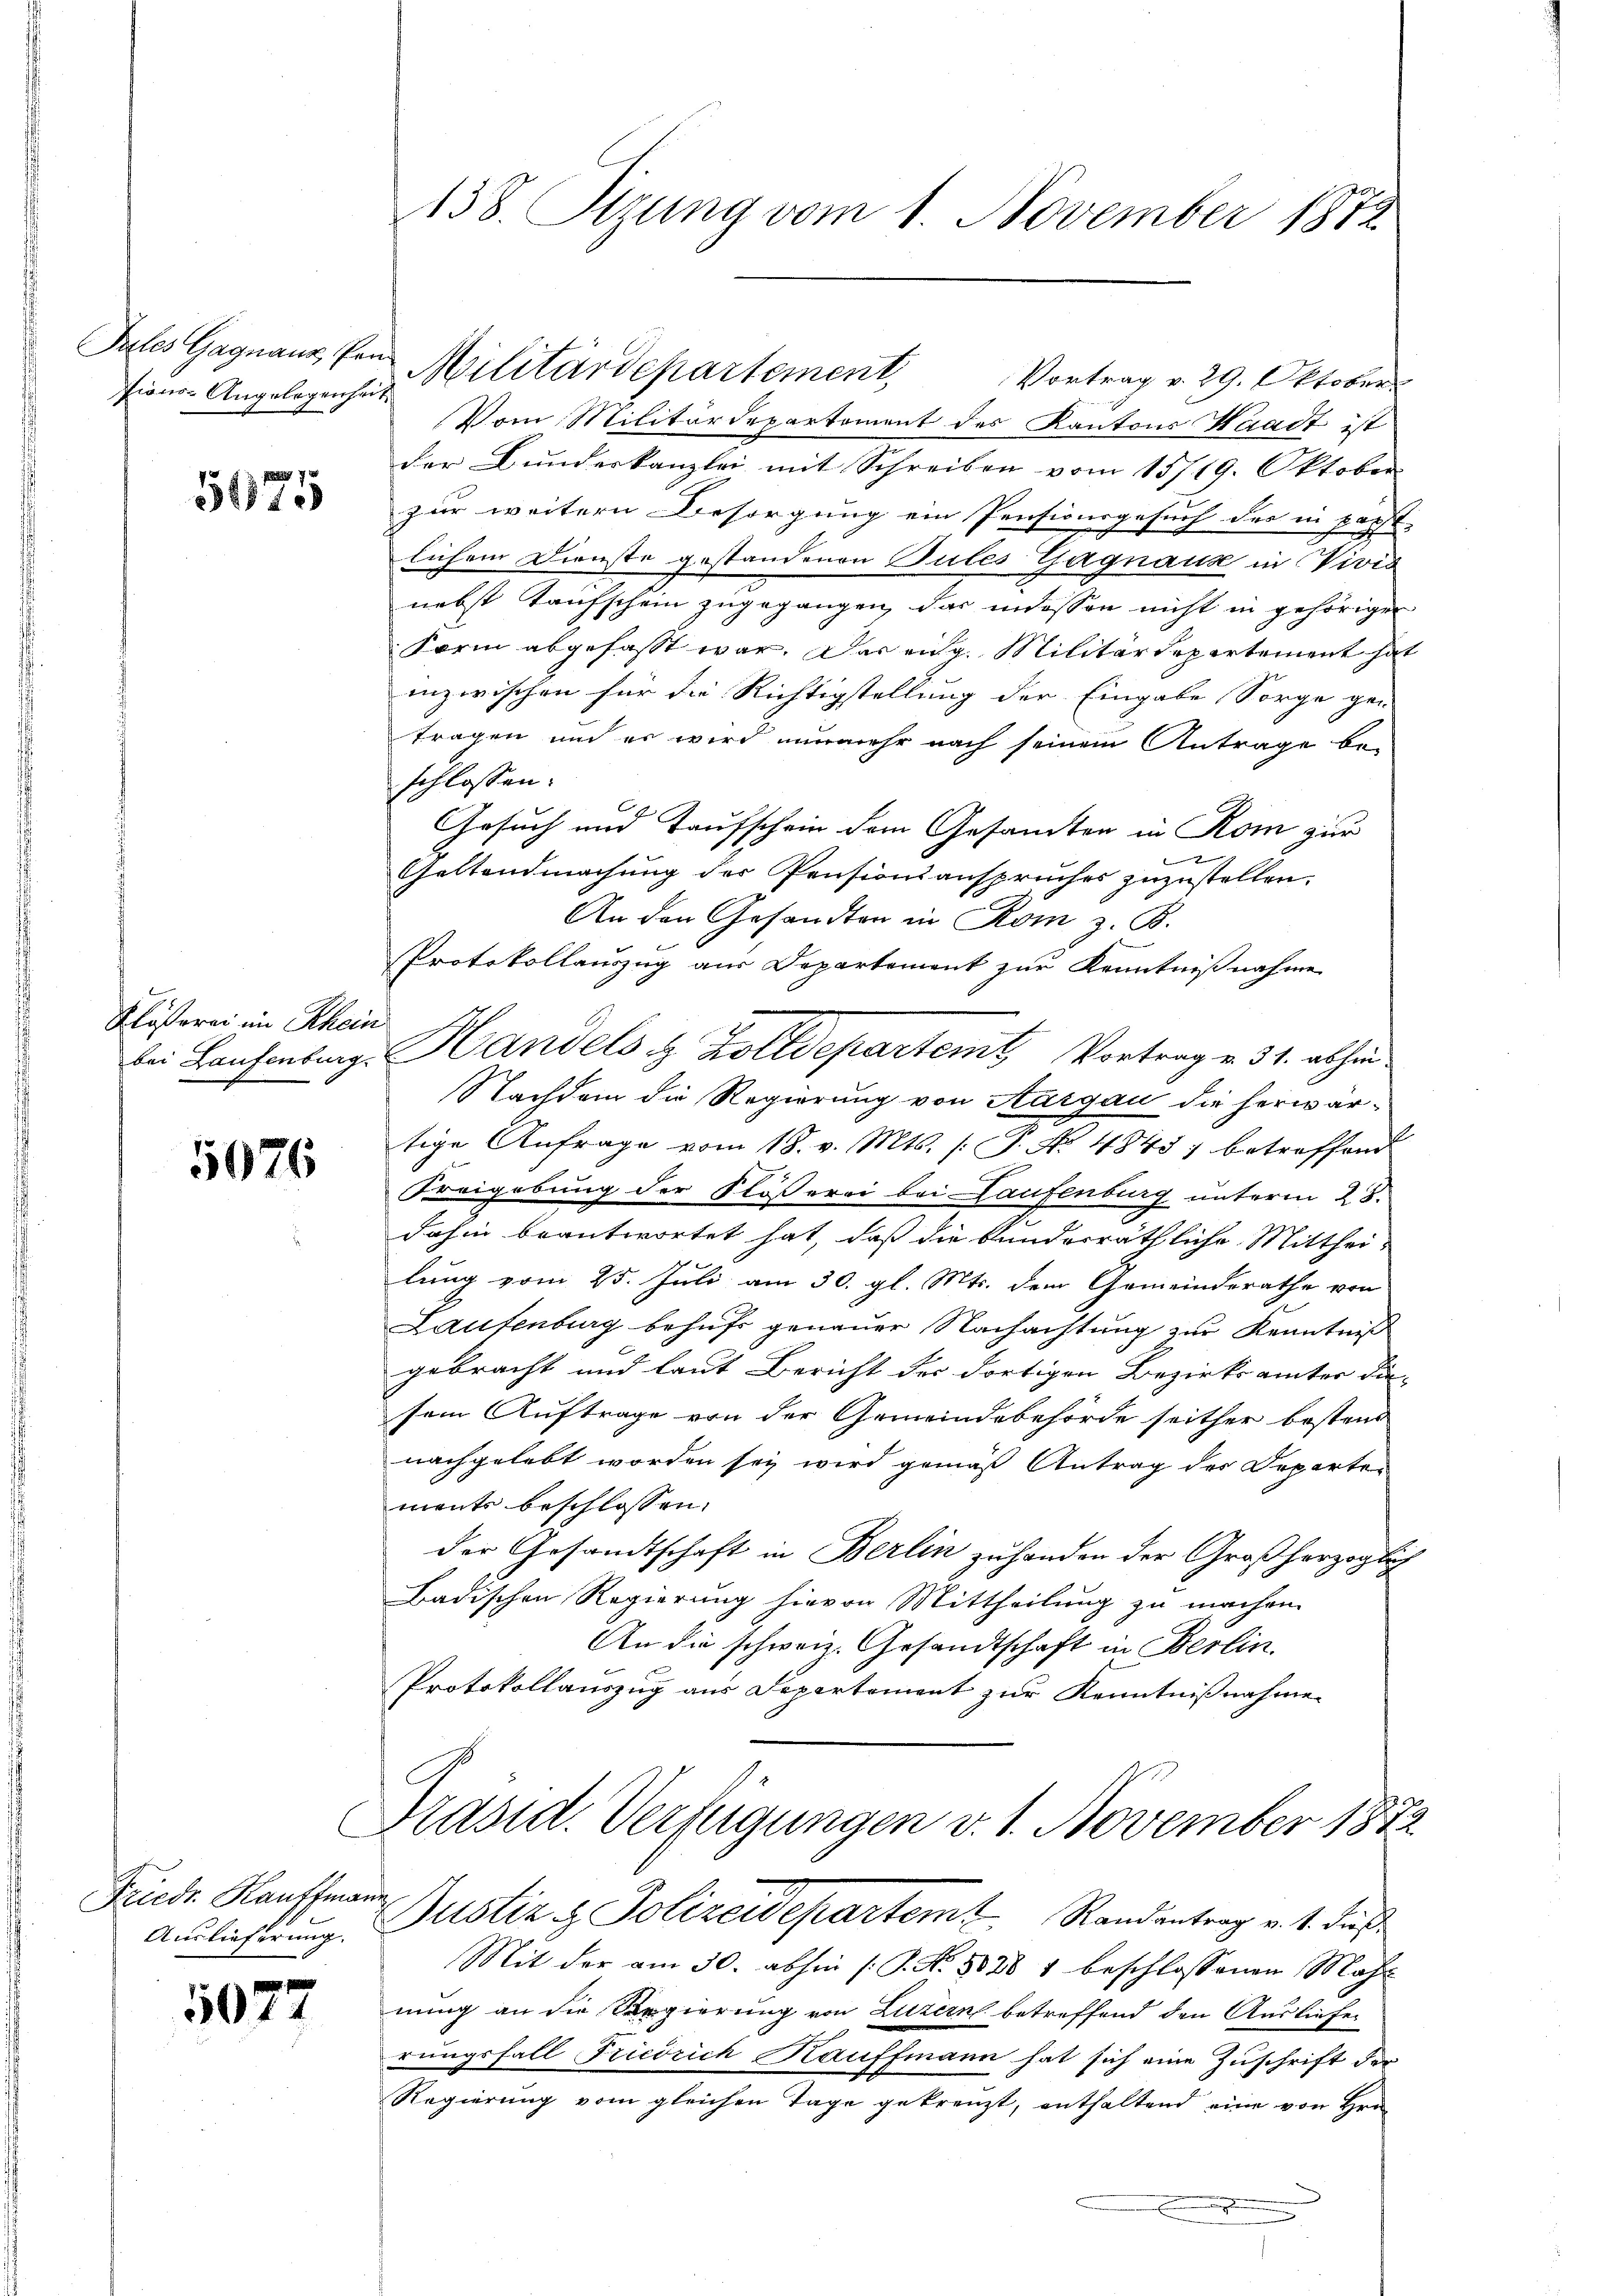
Pules Gagnauz, Pen
tions-Angelegenheit

5625

Kläserei im Rhein

5076

Friedr. Kauffmann,
Auslieferung.

507

7

138. Stzung vom 1. November 1872

Vom Militärdepartement des Kantons Waadt ist
der Bundeskanzlei mit Schreiben vom 15719. Oktober
zur weitern Besorgung ein Pensionsgesuch der in passt.
lichem Dienste gestandenen Bules Gagnaux in Vivis
nebst Taufschein zugegangen, das indessen nicht in gehörigen
Form abgefasst war. Das eidg. Militärdepartement hat
inzwischen für die Richtigstellung der Eingabe Sorge gen
tragen und er wird nunmehr nach seinem Antrage be-
schlossen.
Gesuch und Taufschein dem Gesandten in Rom zur

Geltendmachung der Pensionsanspruches zuzustellen.
An den Gesandten in Rom z. B.
Protokollauszug aus Departement zur Kenntnißnahme
bei Laufenburg. Handels & Zolldepartemt Vortrag v. 31. abhin
Nachdem die Regierung von Aargau die herwartige Anfrage vom 18. v. Mts. (T. No 4845; betreffend
Freigebung der Flösserei bei Laufenburg unterm 28.
dahin beantwortet hat, daß die bunderräthliche Mitthei-
lung vom 25. Juli am 30. gl. Mts. dem Gemeinderathe von
Laufenburg behufs genauer Nachachtung zur Kenntniß
gebracht und laut Bericht der dortigen Bezirksamter die
sem Auftrage von der Gemeindebehörde seither bestens
nachgelebt worden sey wird gemäß Antrag des Departen
ments beschlossen.
der Gesandtschaft in Berlin zu handen der Großherzoglich
Badischen Regierung hievon Mittheilung zu machen.
An die schweiz. Gesandtschaft in Berlin.
Protokollauszug aus Separtement zur Kenntnißnahme
Präsid. Verfügungen v. 1. November 1872
Justiz & Polizeidepartem Randantrag v. 4. dieß
Mit der am 30. abhin (: P. Nr. 8088 1 beschlossenen Mahl
nung an die Regierung von Luzern betreffend den Ausliefer
rungsfall Friedrich Kauffmann hat sich eine Zuschrift der
Regierung vom gleichen Tage gekreuzt, enthaltend eine von Hrn.
s
n

Militärdepartement,
Vortrag v. 29. Oktober